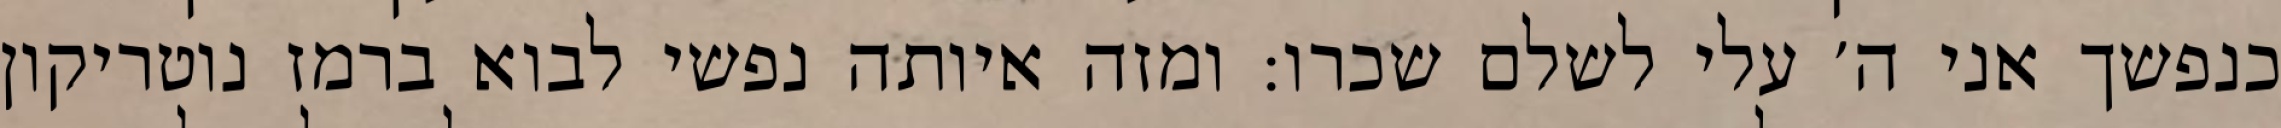
כנפשך אני ה׳ עלי לשלם שכרו: ומזה איותה נפשי לבוא ברמז נוטריקון